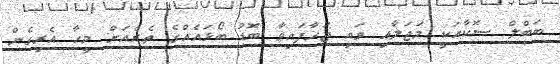
ބަބްލް ސޮކާއަކީ މަޖަލާއި ވައި ޖަހާފައިވާ ބޮޑު ބޯޅަައެއްގެ ތެރެއަށް މީހާ އެރިގެން